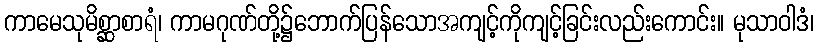
ကာမေသုမိစ္ဆာစာရံ၊ ကာမဂုဏ်တို့၌ဘောက်ပြန်သောအကျင့်ကိုကျင့်ခြင်းလည်းကောင်း။ မုသာဝါဒံ၊